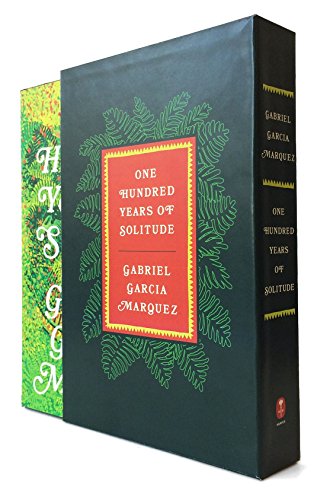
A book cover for One Hundred Years of Solitude slipcased edition; Gabriel Garcia Marquez; Science Fiction & Fantasy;